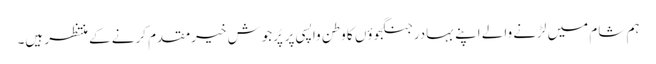
ہم شام میں لڑنے والے اپنے بہادر جنگجوؤں کا وطن واپسی پر پُرجوش خیرمقدم کرنے کے منتظر ہیں۔